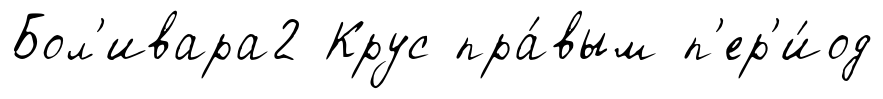
Бол'ивара2 Крус пра́вым п'ер'и́од